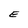
Character: E